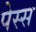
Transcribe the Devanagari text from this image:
पेस्स